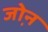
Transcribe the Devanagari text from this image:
जो़न